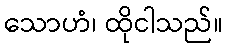
သောဟံ၊ ထိုငါသည်။